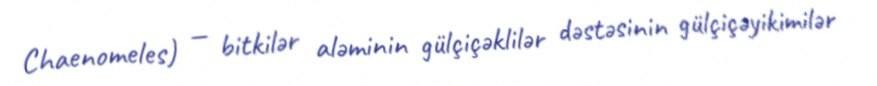
Chaenomeles) — bitkilər aləminin gülçiçəklilər dəstəsinin gülçiçəyikimilər